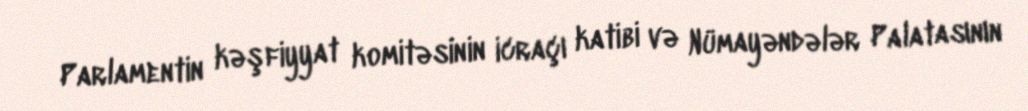
Parlamentin kəşfiyyat komitəsinin icraçı katibi və Nümayəndələr Palatasının